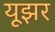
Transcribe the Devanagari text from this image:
यूझर